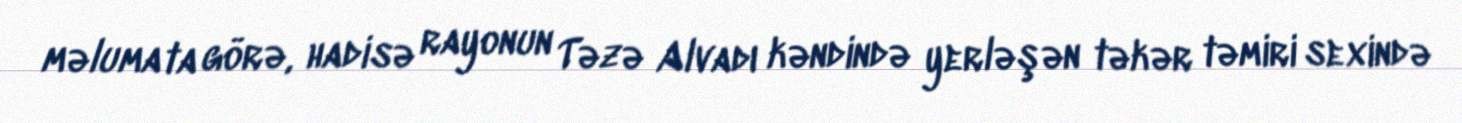
məlumata görə, hadisə rayonun Təzə Alvadı kəndində yerləşən təkər təmiri sexində